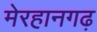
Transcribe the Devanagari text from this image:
मेरहानगढ़